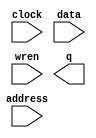
// megafunction wizard: %RAM: 1-PORT%VBB%
// GENERATION: STANDARD
// VERSION: WM1.0
// MODULE: altsyncram 

// ============================================================
// Megafunction Name(s):
// 			altsyncram
//
// Simulation Library Files(s):
// 			altera_mf
// ============================================================
// ************************************************************
// THIS IS A WIZARD-GENERATED FILE. DO NOT EDIT THIS FILE!
//
// 19.1.0 Build 670 09/22/2019 SJ Lite Edition
// ************************************************************

//Copyright (C) 2019  Intel Corporation. All rights reserved.
//Your use of Intel Corporation's design tools, logic functions 
//and other software and tools, and any partner logic 
//functions, and any output files from any of the foregoing 
//(including device programming or simulation files), and any 
//associated documentation or information are expressly subject 
//to the terms and conditions of the Intel Program License 
//Subscription Agreement, the Intel Quartus Prime License Agreement,
//the Intel FPGA IP License Agreement, or other applicable license
//agreement, including, without limitation, that your use is for
//the sole purpose of programming logic devices manufactured by
//Intel and sold by Intel or its authorized distributors.  Please
//refer to the applicable agreement for further details, at
//https://fpgasoftware.intel.com/eula.

module ct_mem (
	address,
	clock,
	data,
	wren,
	q);

	input	[7:0]  address;
	input	  clock;
	input	[7:0]  data;
	input	  wren;
	output	[7:0]  q;
`ifndef ALTERA_RESERVED_QIS
// synopsys translate_off
`endif
	tri1	  clock;
`ifndef ALTERA_RESERVED_QIS
// synopsys translate_on
`endif

endmodule

// ============================================================
// CNX file retrieval info
// ============================================================
// Retrieval info: PRIVATE: ADDRESSSTALL_A NUMERIC "0"
// Retrieval info: PRIVATE: AclrAddr NUMERIC "0"
// Retrieval info: PRIVATE: AclrByte NUMERIC "0"
// Retrieval info: PRIVATE: AclrData NUMERIC "0"
// Retrieval info: PRIVATE: AclrOutput NUMERIC "0"
// Retrieval info: PRIVATE: BYTE_ENABLE NUMERIC "0"
// Retrieval info: PRIVATE: BYTE_SIZE NUMERIC "8"
// Retrieval info: PRIVATE: BlankMemory NUMERIC "1"
// Retrieval info: PRIVATE: CLOCK_ENABLE_INPUT_A NUMERIC "0"
// Retrieval info: PRIVATE: CLOCK_ENABLE_OUTPUT_A NUMERIC "0"
// Retrieval info: PRIVATE: Clken NUMERIC "0"
// Retrieval info: PRIVATE: DataBusSeparated NUMERIC "1"
// Retrieval info: PRIVATE: IMPLEMENT_IN_LES NUMERIC "0"
// Retrieval info: PRIVATE: INIT_FILE_LAYOUT STRING "PORT_A"
// Retrieval info: PRIVATE: INIT_TO_SIM_X NUMERIC "0"
// Retrieval info: PRIVATE: INTENDED_DEVICE_FAMILY STRING "Cyclone V"
// Retrieval info: PRIVATE: JTAG_ENABLED NUMERIC "1"
// Retrieval info: PRIVATE: JTAG_ID STRING "CT"
// Retrieval info: PRIVATE: MAXIMUM_DEPTH NUMERIC "0"
// Retrieval info: PRIVATE: MIFfilename STRING ""
// Retrieval info: PRIVATE: NUMWORDS_A NUMERIC "256"
// Retrieval info: PRIVATE: RAM_BLOCK_TYPE NUMERIC "2"
// Retrieval info: PRIVATE: READ_DURING_WRITE_MODE_PORT_A NUMERIC "3"
// Retrieval info: PRIVATE: RegAddr NUMERIC "1"
// Retrieval info: PRIVATE: RegData NUMERIC "1"
// Retrieval info: PRIVATE: RegOutput NUMERIC "0"
// Retrieval info: PRIVATE: SYNTH_WRAPPER_GEN_POSTFIX STRING "0"
// Retrieval info: PRIVATE: SingleClock NUMERIC "1"
// Retrieval info: PRIVATE: UseDQRAM NUMERIC "1"
// Retrieval info: PRIVATE: WRCONTROL_ACLR_A NUMERIC "0"
// Retrieval info: PRIVATE: WidthAddr NUMERIC "8"
// Retrieval info: PRIVATE: WidthData NUMERIC "8"
// Retrieval info: PRIVATE: rden NUMERIC "0"
// Retrieval info: LIBRARY: altera_mf altera_mf.altera_mf_components.all
// Retrieval info: CONSTANT: CLOCK_ENABLE_INPUT_A STRING "BYPASS"
// Retrieval info: CONSTANT: CLOCK_ENABLE_OUTPUT_A STRING "BYPASS"
// Retrieval info: CONSTANT: INTENDED_DEVICE_FAMILY STRING "Cyclone V"
// Retrieval info: CONSTANT: LPM_HINT STRING "ENABLE_RUNTIME_MOD=YES,INSTANCE_NAME=CT"
// Retrieval info: CONSTANT: LPM_TYPE STRING "altsyncram"
// Retrieval info: CONSTANT: NUMWORDS_A NUMERIC "256"
// Retrieval info: CONSTANT: OPERATION_MODE STRING "SINGLE_PORT"
// Retrieval info: CONSTANT: OUTDATA_ACLR_A STRING "NONE"
// Retrieval info: CONSTANT: OUTDATA_REG_A STRING "UNREGISTERED"
// Retrieval info: CONSTANT: POWER_UP_UNINITIALIZED STRING "FALSE"
// Retrieval info: CONSTANT: RAM_BLOCK_TYPE STRING "M10K"
// Retrieval info: CONSTANT: READ_DURING_WRITE_MODE_PORT_A STRING "NEW_DATA_NO_NBE_READ"
// Retrieval info: CONSTANT: WIDTHAD_A NUMERIC "8"
// Retrieval info: CONSTANT: WIDTH_A NUMERIC "8"
// Retrieval info: CONSTANT: WIDTH_BYTEENA_A NUMERIC "1"
// Retrieval info: USED_PORT: address 0 0 8 0 INPUT NODEFVAL "address[7..0]"
// Retrieval info: USED_PORT: clock 0 0 0 0 INPUT VCC "clock"
// Retrieval info: USED_PORT: data 0 0 8 0 INPUT NODEFVAL "data[7..0]"
// Retrieval info: USED_PORT: q 0 0 8 0 OUTPUT NODEFVAL "q[7..0]"
// Retrieval info: USED_PORT: wren 0 0 0 0 INPUT NODEFVAL "wren"
// Retrieval info: CONNECT: @address_a 0 0 8 0 address 0 0 8 0
// Retrieval info: CONNECT: @clock0 0 0 0 0 clock 0 0 0 0
// Retrieval info: CONNECT: @data_a 0 0 8 0 data 0 0 8 0
// Retrieval info: CONNECT: @wren_a 0 0 0 0 wren 0 0 0 0
// Retrieval info: CONNECT: q 0 0 8 0 @q_a 0 0 8 0
// Retrieval info: GEN_FILE: TYPE_NORMAL ct_mem.v TRUE
// Retrieval info: GEN_FILE: TYPE_NORMAL ct_mem.inc FALSE
// Retrieval info: GEN_FILE: TYPE_NORMAL ct_mem.cmp FALSE
// Retrieval info: GEN_FILE: TYPE_NORMAL ct_mem.bsf FALSE
// Retrieval info: GEN_FILE: TYPE_NORMAL ct_mem_inst.v FALSE
// Retrieval info: GEN_FILE: TYPE_NORMAL ct_mem_bb.v TRUE
// Retrieval info: LIB_FILE: altera_mf